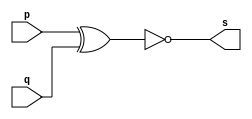
// ---------------------------------------
// Guia 01 Ex3 - XNOR
// Nome:lvaro Henrique de Arajo Rungue
// ---------------------------------------

// ---------------------
// -- xnor gate
// ---------------------

module xnorgate (s, p, q );
 output s;
 input  p, q ;

 assign s = ~(p  ^ q );

endmodule // xnorgate

// ---------------------
// -- test xnor gate
// ---------------------

module testxnorgate;
 reg   a, b;
 wire  s;
          // instancia
 xnorgate XNOR1 (s, a, b );
 
          // parte principal
 
  initial begin:start 
a=0; b=0;
end 


 initial begin:main 
       $display("Guia 1 Exercicio 3 - Alvaro");
      $display("Test XNOR gate");
      $display("\na ~^ b   = s\n");
  
 $monitor("%b %b = %b" ,  a , b , s);     
      #1 a=0; b=1;
      #1 a=1; b=0;
      #1 a=1; b=1;
 
 end

endmodule // testnorgate